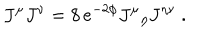
LaTeX: J ^ { \mu } J ^ { \nu } = 8 \, e ^ { - 2 \phi } J ^ { \mu } { } _ { \eta } J ^ { \eta \nu } \ .